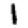
Digit: 1